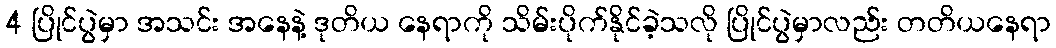
4 ပြိုင်ပွဲမှာ အသင်း အနေနဲ့ ဒုတိယ နေရာကို သိမ်းပိုက်နိုင်ခဲ့သလို ပြိုင်ပွဲမှာလည်း တတိယနေရာ